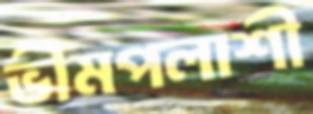
ভীমপলাশী